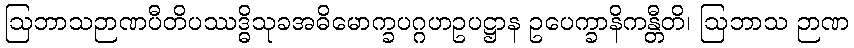
ဩဘာသဉာဏပီတိပဿဒ္ဓိသုခအဓိမောက္ခပဂ္ဂဟဥပဋ္ဌာန ဥပေက္ခာနိကန္တီတိ၊ ဩဘာသ ဉာဏ